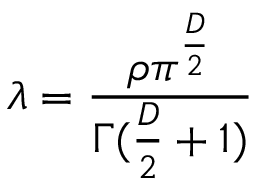
\lambda = { \frac { \rho \pi ^ { \frac { D } { 2 } } } { \Gamma ( { \frac { D } { 2 } } + 1 ) } }